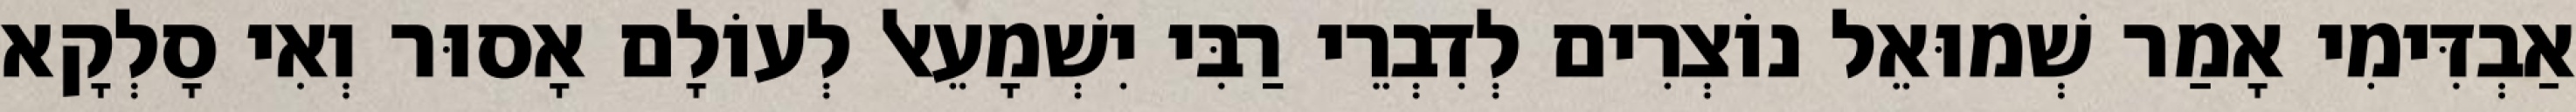
אַבְדִּימִי אָמַר שְׁמוּאֵל נוֹצְרִים לְדִבְרֵי רַבִּי יִשְׁמָעֵאל לְעוֹלָם אָסוּר וְאִי סָלְקָא